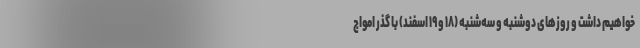
خواهیم داشت و روزهای دوشنبه و سه‌شنبه (۱۸ و ۱۹ اسفند) با گذر امواج